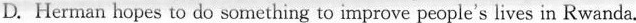
D. Herman hopes to do something to improve people's lives in Rwanda.